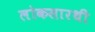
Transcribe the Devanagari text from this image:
लोकसारथी